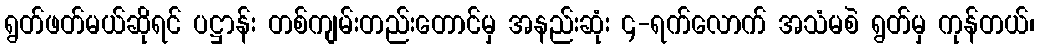
ရွတ်ဖတ်မယ်ဆိုရင် ပဋ္ဌာန်း တစ်ကျမ်းတည်းတောင်မှ အနည်းဆုံး ၄-ရက်လောက် အသံမစဲ ရွတ်မှ ကုန်တယ်၊